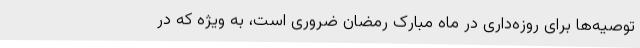
توصیه‌ها برای روزه‌داری در ماه مبارک رمضان ضروری است، به ویژه که در